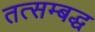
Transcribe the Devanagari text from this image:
तत्सम्बद्ध